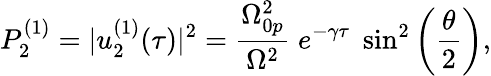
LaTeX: P_{2}^{(1)}=|u_{2}^{(1)}(\tau)|^{2}=\frac{\Omega_{0p}^{2}}{\Omega^{2}}\; e^{-\gamma\tau}\; \sin^{2}\left(\frac{\theta}{2}\right),